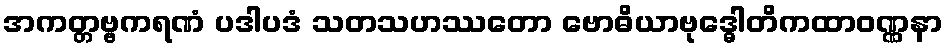
အကတ္တဗ္ဗကရဏံ ပဒါပဒံ သတသဟဿတော ဗောဓိယာဗုဒ္ဓေါတိကထာဝဏ္ဏနာ